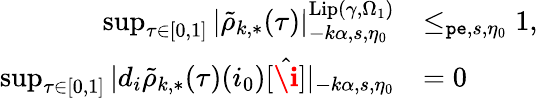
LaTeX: \begin{array}{rl}{\operatorname*{sup}_{\tau\in[0,1]}|\tilde{\rho}_{k,*}(\tau)|_{-k\alpha,s,\eta_{0}}^{\mathrm{Lip}(\gamma,\Omega_{1})}}&{\le_{\mathtt{pe},s,\eta_{0}}1,}\\ {\operatorname*{sup}_{\tau\in[0,1]}|d_{i}\tilde{\rho}_{k,*}(\tau)(i_{0})[\hat{\textbf{\i}}]|_{-k\alpha,s,\eta_{0}}}&{=0}\end{array}